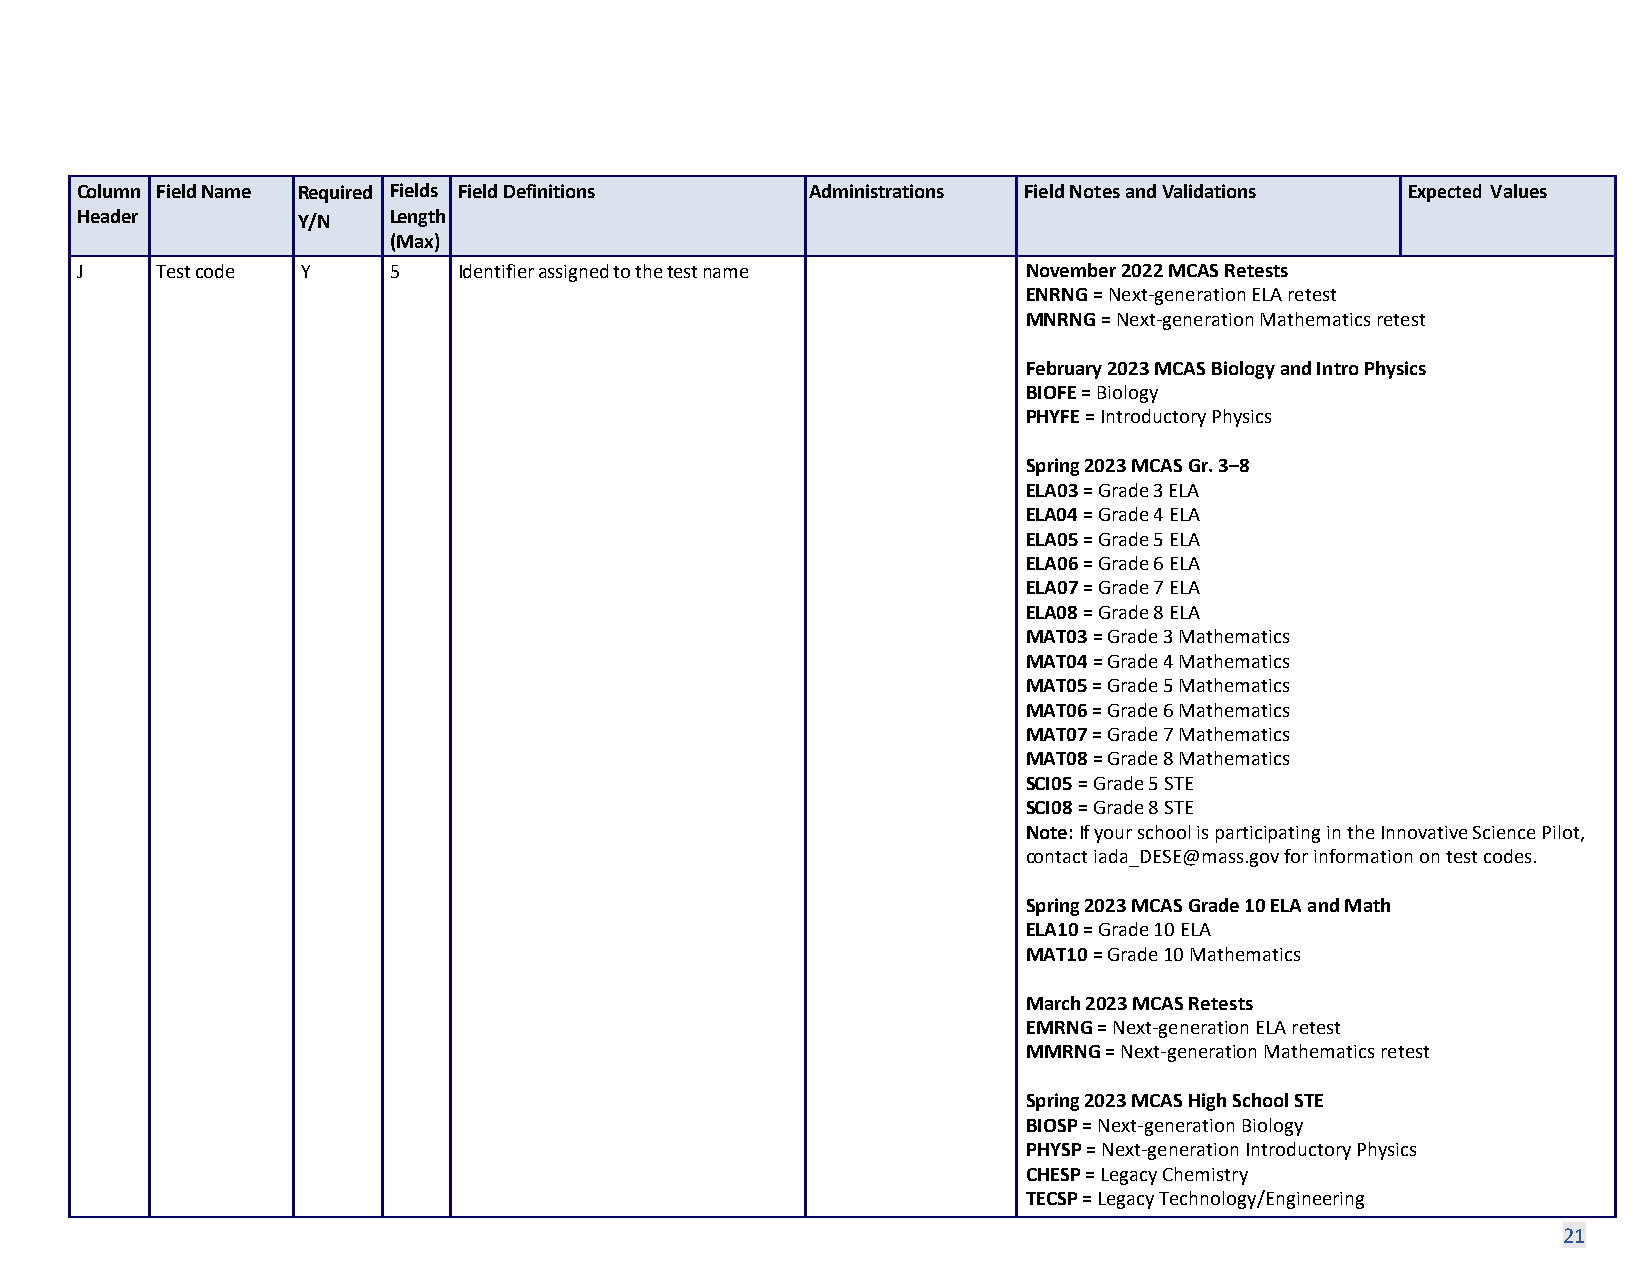
Column Field Name Required Fields Field Definitions Administrations Field Notes and Validations Expected Values
 Header         Y/N   Length
 (Max)
 J    Test code Y     5   Identifier assigned to the test name  November 2022 MCAS Retests
 ENRNG = Next-generation ELA retest
 MNRNG = Next-generation Mathematics retest
 February 2023 MCAS Biology and Intro Physics
 BIOFE = Biology
 PHYFE = Introductory Physics
 Spring 2023 MCAS Gr. 3–8
 ELA03 = Grade 3 ELA
 ELA04 = Grade 4 ELA
 ELA05 = Grade 5 ELA
 ELA06 = Grade 6 ELA
 ELA07 = Grade 7 ELA
 ELA08 = Grade 8 ELA
 MAT03 = Grade 3 Mathematics
 MAT04 = Grade 4 Mathematics
 MAT05 = Grade 5 Mathematics
 MAT06 = Grade 6 Mathematics
 MAT07 = Grade 7 Mathematics
 MAT08 = Grade 8 Mathematics
 SCI05 = Grade 5 STE
 SCI08 = Grade 8 STE
 Note: If your school is participating in the Innovative Science Pilot,
 contact iada_DESE@mass.gov for information on test codes.
 Spring 2023 MCAS Grade 10 ELA and Math
 ELA10 = Grade 10 ELA
 MAT10 = Grade 10 Mathematics
 March 2023 MCAS Retests
 EMRNG = Next-generation ELA retest
 MMRNG = Next-generation Mathematics retest
 Spring 2023 MCAS High School STE
 BIOSP = Next-generation Biology
 PHYSP = Next-generation Introductory Physics
 CHESP = Legacy Chemistry
 TECSP = Legacy Technology/Engineering
 21